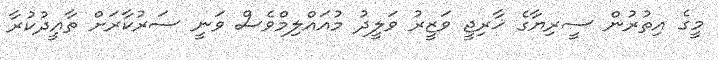
މީގެ އިތުރުން ސީރިޔާގެ ޚާރިޖީ ވަޒީރު ވަލީދު މުއައްލިމްވެސް ވަނީ ސަރުކާރަށް ތާއީދުކުރާ